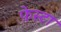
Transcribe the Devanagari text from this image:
फ़ेस्टा